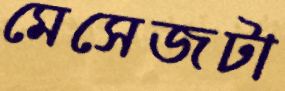
মেসেজটা